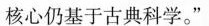
核心仍基于古典科学。”